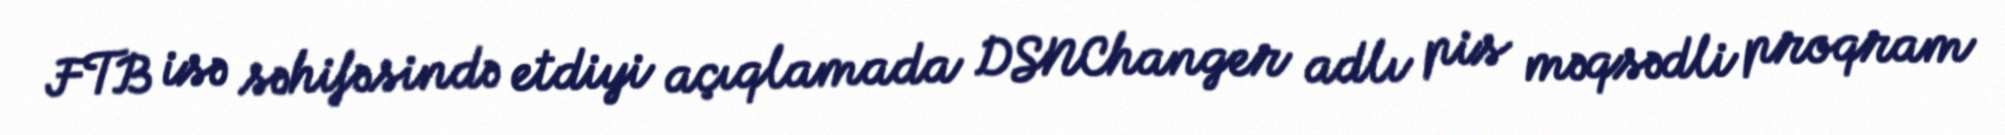
FTB isə səhifəsində etdiyi açıqlamada DSNChanger adlı pis məqsədli proqram